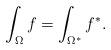
LaTeX: \begin{align*}\int_\Omega f =\int_{\Omega^*} f^*.\end{align*}